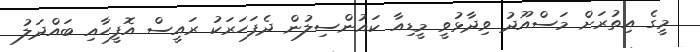
މީގެ އިތުރަށް މަސްއޫދު ވިދާޅުވީ މީޑިއާ ކައުންސިލުން ދެފަހަރަކު ރައީސް އޮފީހާއި ބައްދަލު